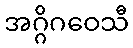
အဂ္ဂိဂဝေသီ